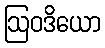
ဩဝဒိယော